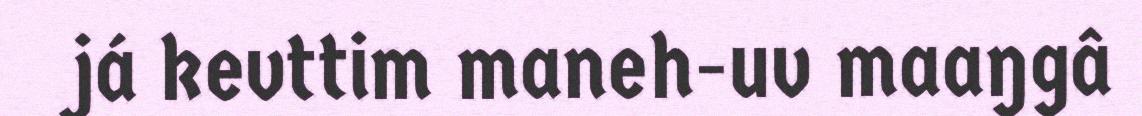
já kevttim maneh-uv maaŋgâ